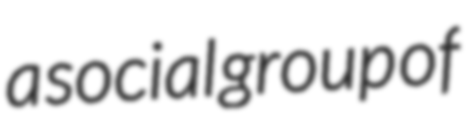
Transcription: a social group of